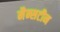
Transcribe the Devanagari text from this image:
मैन्सटीन